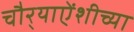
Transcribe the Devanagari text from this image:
चौर्‍याऐंशीच्या